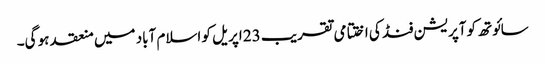
سائوتھ کوآپریشن فنڈ کی اختتامی تقریب 23 اپریل کو اسلام آباد میں منعقد ہو گی۔